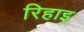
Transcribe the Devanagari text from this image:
रिहाइ